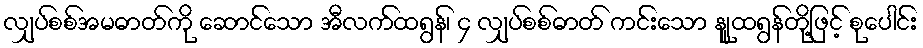
လျှပ်စစ်အမဓာတ်ကို ဆောင်သော အီလက်ထရွန်၊ ၄ လျှပ်စစ်ဓာတ် ကင်းသော နျူထရွန်တို့ဖြင့် စုပေါင်း